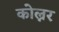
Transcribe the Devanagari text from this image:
कोल्नर